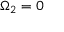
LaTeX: \Omega _ { 2 } = 0